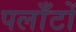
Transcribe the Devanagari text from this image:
पलाँटों